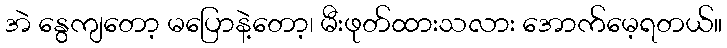
အဲ နွေကျတော့ မပြောနဲ့တော့၊ မီးဖုတ်ထားသလား အောက်မေ့ရတယ်။